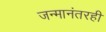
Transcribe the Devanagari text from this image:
जन्मानंतरही